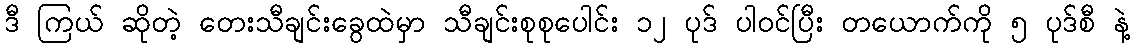
ဒီ ကြယ် ဆိုတဲ့ တေးသီချင်းခွေထဲမှာ သီချင်းစုစုပေါင်း ၁၂ ပုဒ် ပါဝင်ပြီး တယောက်ကို ၅ ပုဒ်စီ နဲ့